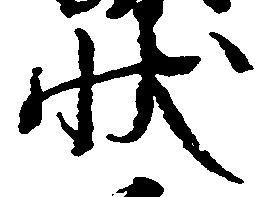
状